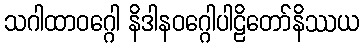
သဂါထာဝဂ္ဂေါ နိဒါနဝဂ္ဂေါပါဠိတော်နိဿယ